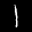
Label: 1